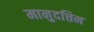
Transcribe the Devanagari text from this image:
मानुदत्तिन